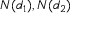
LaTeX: N ( d _ { 1 } ) , N ( d _ { 2 } )